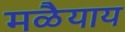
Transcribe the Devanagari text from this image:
मळैयाय